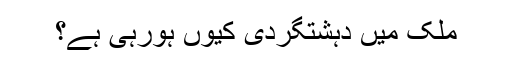
ملک میں دہشتگردی کیوں ہورہی ہے؟